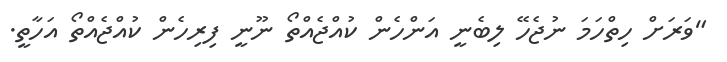
"ވަރަށް ހިތްހަމަ ނުޖެހޭ ލިބެނީ އަންހެން ކުއްޖެއްތޯ ނޫނީ ފިރިހެން ކުއްޖެއްތޯ އަހާތީ.